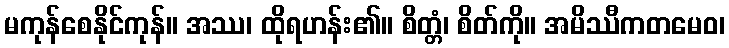
မကုန်စေနိုင်ကုန်။ အဿ၊ ထိုရဟန်း၏။ စိတ္တံ၊ စိတ်ကို။ အမိဿီကတမေဝ၊